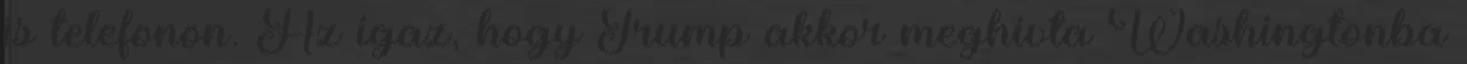
is telefonon. Az igaz, hogy Trump akkor meghívta Washingtonba